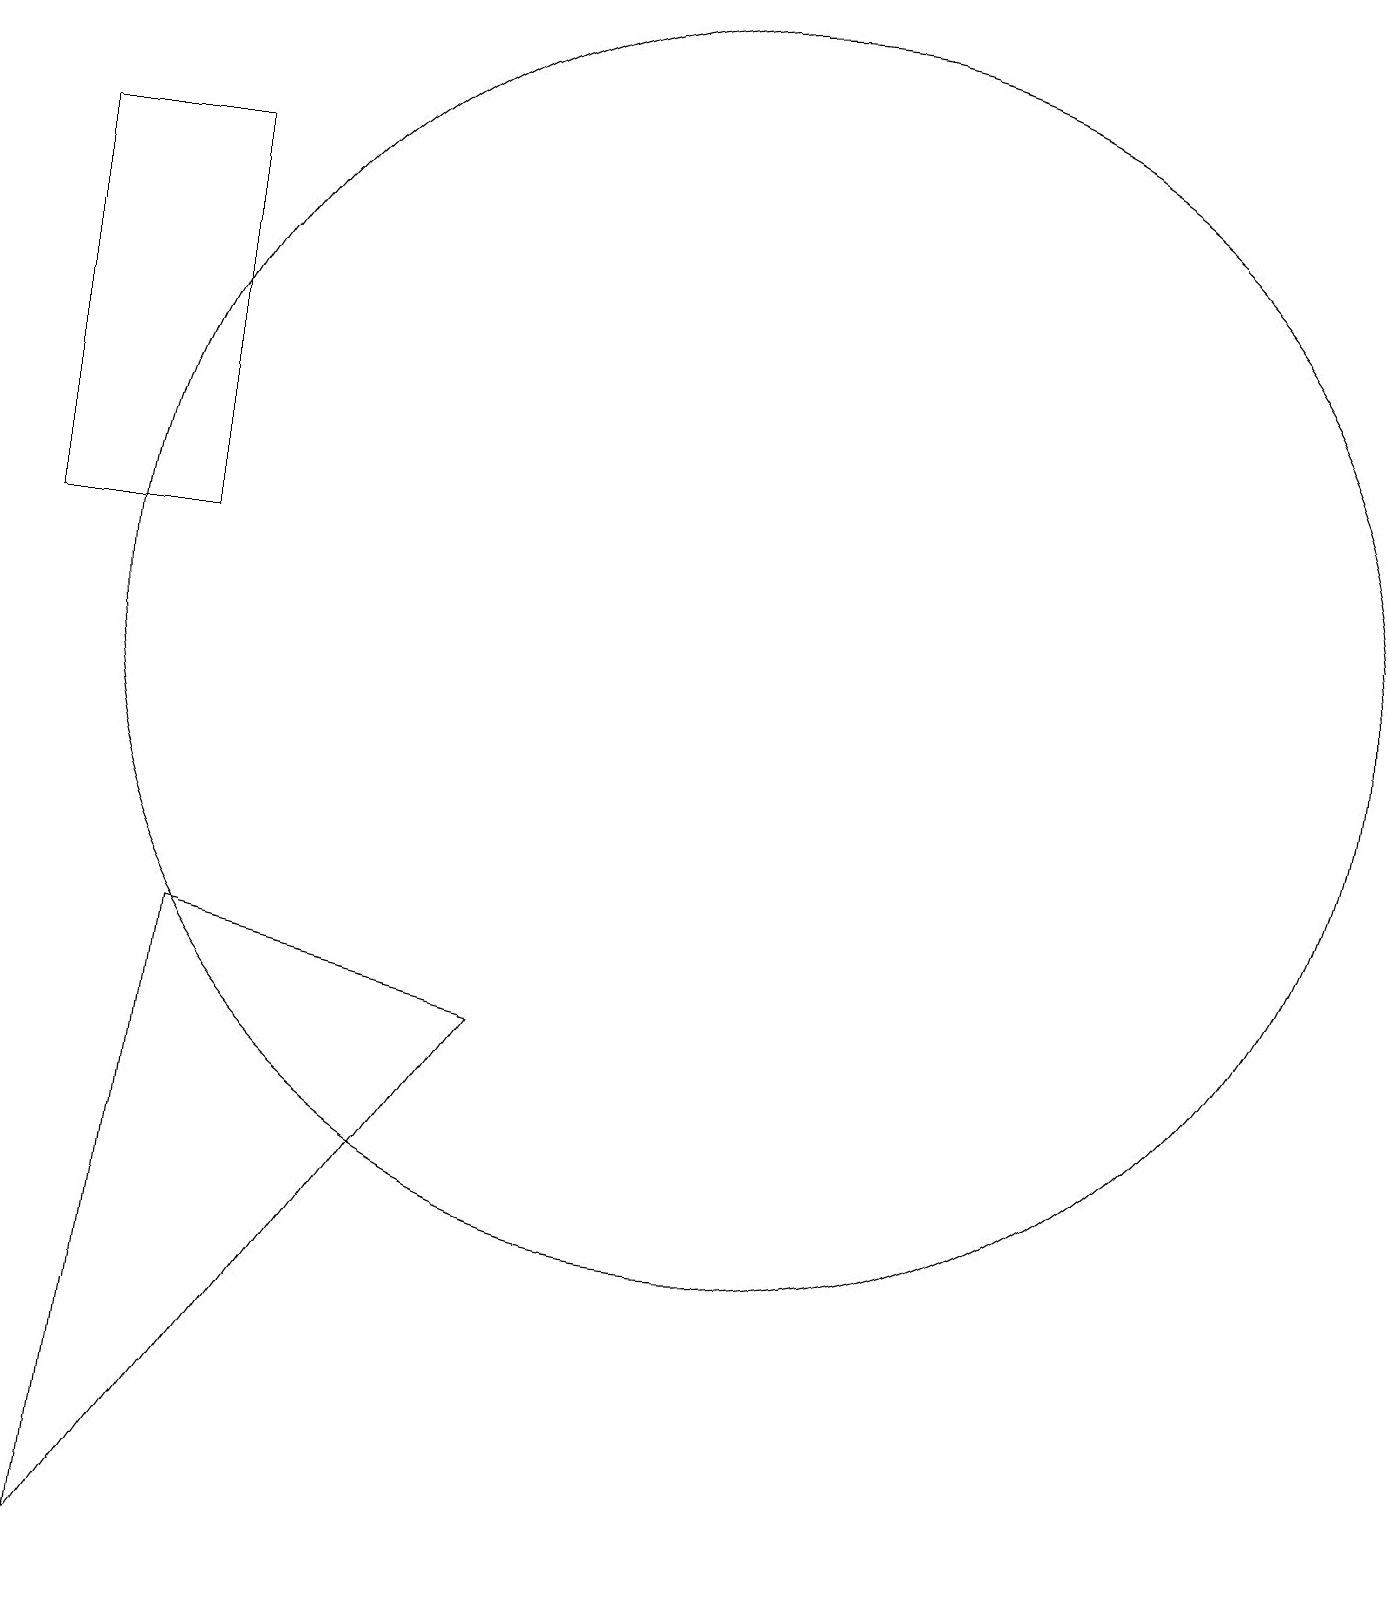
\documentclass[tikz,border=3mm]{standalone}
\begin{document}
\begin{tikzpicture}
\draw (4,8) -- (8,7) -- (3,0) -- cycle;
\draw (11,12) circle (8);
\draw (4,18) rectangle (2,13);
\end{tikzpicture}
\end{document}